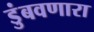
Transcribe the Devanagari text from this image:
डुंबवणारा